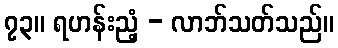
၇၃။ ရဟန်းညံ့ - လာဘ်သတ်သည်။